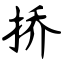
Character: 挢